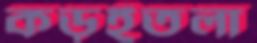
কড়ইতলা